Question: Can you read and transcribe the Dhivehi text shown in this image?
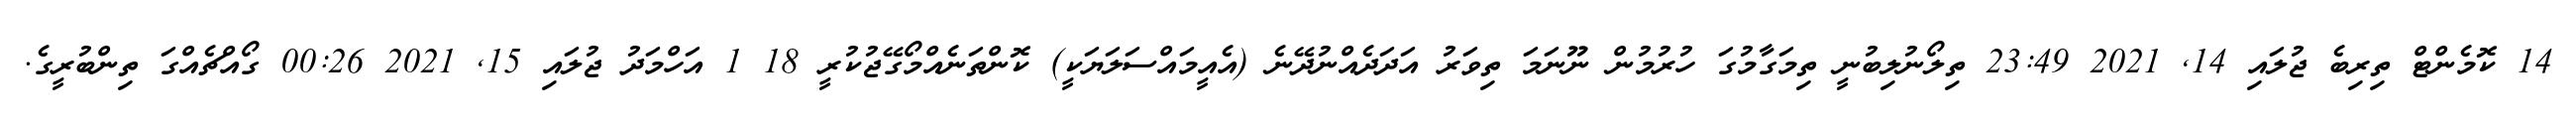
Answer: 14 ކޮމެންޓް ތިރިބެ ޖުލައި 14, 2021 23:49 ތިލޯނުލިބުނީ ތިމަގާމުގަ ހުރުމުން ނޫނަމަ ތިވަރު އަދަދެއްނުދޭނެ (އެއީމައްސަލަޔަކީ) ކޮންތަނެއްމޯގޭޖުކުރީ 18 1 އަހްމަދު ޖުލައި 15, 2021 00:26 ގޯއްޗެއްގަ ތިންބުރީގެ.